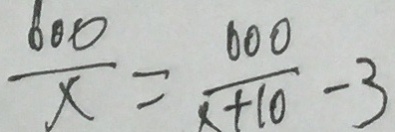
\frac { 6 0 0 } { x } = \frac { 6 0 0 } { x + 1 0 } - 3